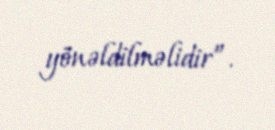
yönəldilməlidir”.